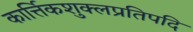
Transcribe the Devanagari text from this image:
कार्त्तिकशुक्लप्रतिपदि